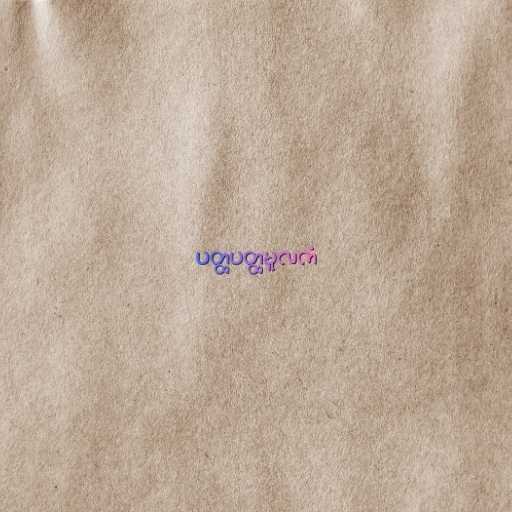
ပတ္ထပတ္ထမူလကံ